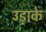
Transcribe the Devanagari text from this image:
उड़ाके